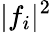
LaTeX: \lvert f_{i}\rvert^{2}